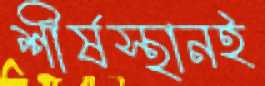
শীর্ষস্থানই